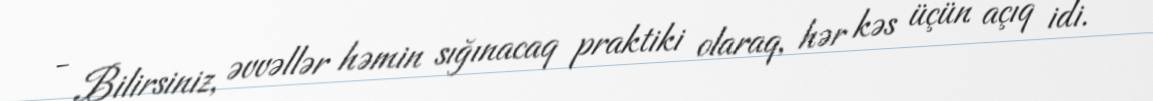
- Bilirsiniz, əvvəllər həmin sığınacaq praktiki olaraq, hər kəs üçün açıq idi.